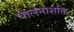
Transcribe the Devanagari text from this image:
चालनाशक्ति